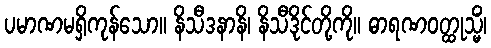
ပမာဏမရှိကုန်သော။ နိသီဒနာနိ၊ နိသီဒိုင်တို့ကို။ ဓာရဏဝတ္ထုသ္မိံ၊